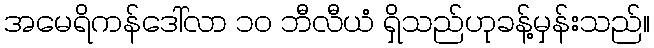
အမေရိကန်ဒေါ်လာ ၁၀ ဘီလီယံ ရှိသည်ဟုခန့်မှန်းသည်။